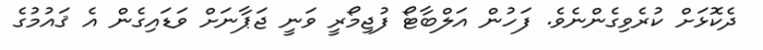
ދެކޮޅަށް ކުރެވިގެންނެވެ. ފަހުން އަލްބާޓޯ ފުޖިމޯރީ ވަނީ ޖަޕާނަށް ވަޑައިގެން އެ ޤައުމުގެ